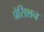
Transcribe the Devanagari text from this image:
प्रेसिशन